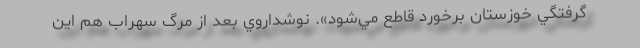
گرفتگي خوزستان برخورد قاطع مي‌شود». نوشداروي بعد از مرگ سهراب هم اين